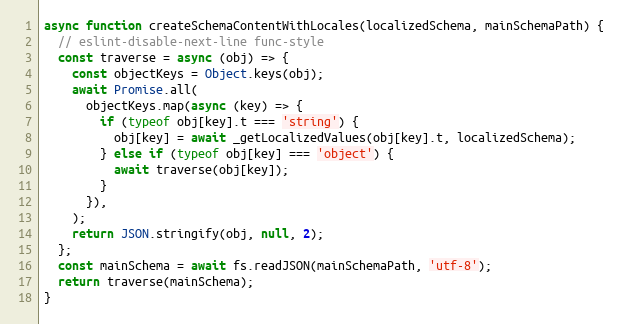
Language: JavaScript
async function createSchemaContentWithLocales(localizedSchema, mainSchemaPath) {
  // eslint-disable-next-line func-style
  const traverse = async (obj) => {
    const objectKeys = Object.keys(obj);
    await Promise.all(
      objectKeys.map(async (key) => {
        if (typeof obj[key].t === 'string') {
          obj[key] = await _getLocalizedValues(obj[key].t, localizedSchema);
        } else if (typeof obj[key] === 'object') {
          await traverse(obj[key]);
        }
      }),
    );
    return JSON.stringify(obj, null, 2);
  };
  const mainSchema = await fs.readJSON(mainSchemaPath, 'utf-8');
  return traverse(mainSchema);
}